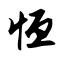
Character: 恒